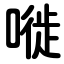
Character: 嘥